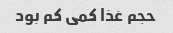
حجم غذا کمی کم بود